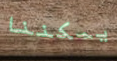
يمكننا